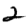
Digit: 2